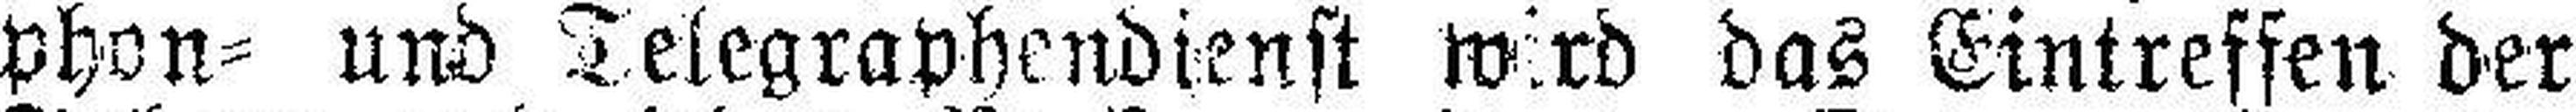
phon= und Telegraphendienst wird das Eintreffen der